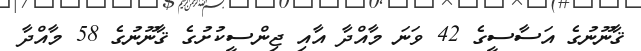
ޤާނޫނުގެ އަސާސީގެ 42 ވަނަ މާއްދާ އާއި ޖިންސީކުށުގެ ޤާނޫނުގެ 58 މާއްދާ